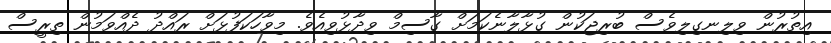
އިތުރުން ވިލިނގިލިވެސް ބުރިޖަކުން ގުޅާލާނެކަމަށް ގާސިމް ވިދާޅުވިއެވެ. މިވާހަކަފުޅަށް ރައްދު ދެއްވަމުން ތިރީސް